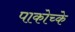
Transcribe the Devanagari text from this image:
पाकोच्के